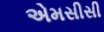
એમસીસી